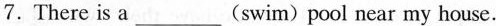
7.There is a___(swim) pool near my house.